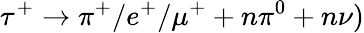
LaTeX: \tau^{+}\to\pi^{+}/e^{+}/\mu^{+}+n\pi^{0}+n\nu)